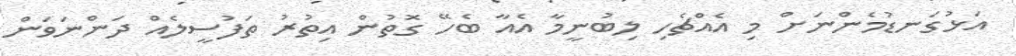
އަޅުގަނޑުމެންނަށް މި އެއްޗެހި ލިބުނީމާ އެއާ ބެހޭ ގޮތުން އިތުރު ތަފުސީލެއް ދަންނަވަން